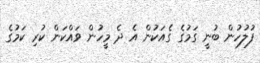
ފުލުހުން ބުނީ ގަމުގެ ގެއަކުން އެ ދެ މީހުން ވައްކަން ކުރި ކަމުގެ